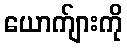
ယောက်ျားကို